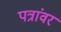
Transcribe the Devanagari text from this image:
पत्रांवर